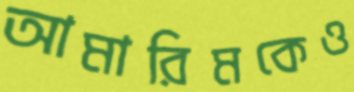
আমারিমকেও